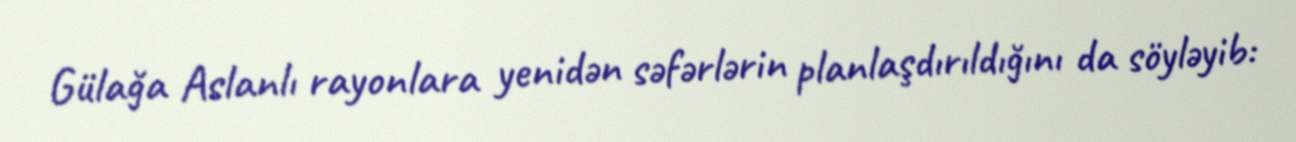
Gülağa Aslanlı rayonlara yenidən səfərlərin planlaşdırıldığını da söyləyib: